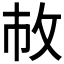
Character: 𢼆